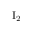
\mathrm { I } _ { 2 }